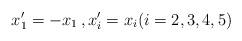
LaTeX: \begin{align*}x_1^\prime = -x_1 \, , x_i^\prime = x_i (i=2,3,4,5) \end{align*}